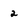
Character: 2